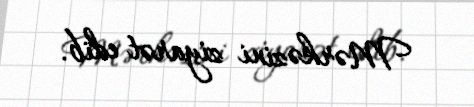
Mərkəzini ziyarət edib.